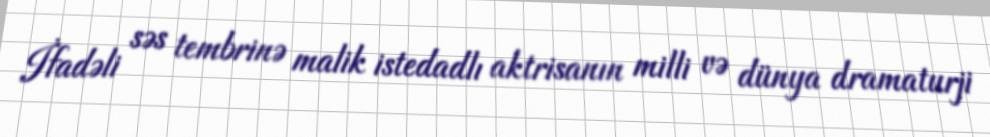
İfadəli səs tembrinə malik istedadlı aktrisanın milli və dünya dramaturji